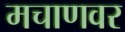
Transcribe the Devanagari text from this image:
मचाणवर